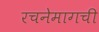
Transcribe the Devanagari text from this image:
रचनेमागची